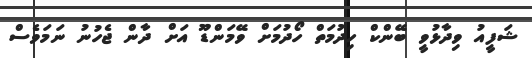
ޝަފީއު ވިދާޅުވީ ބޭންކް ހިދުމަތް ހޯދުމަށް ވޭމަންޑޫ އަށް ދާން ޖެހުނު ނަމަވެސް